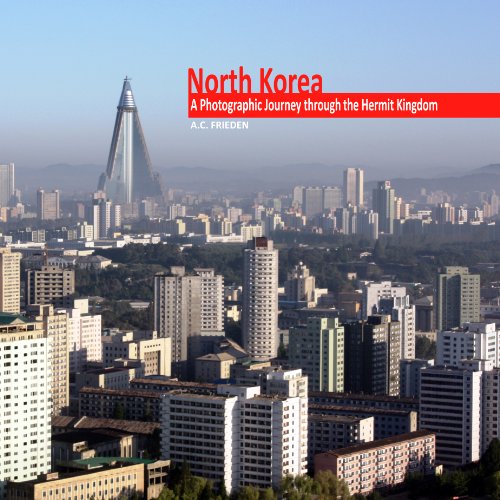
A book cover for North Korea: A Photographic Journey through the Hermit Kingdom; A.C. Frieden; Travel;